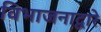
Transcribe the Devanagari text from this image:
विभाजनाद्वारे